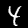
Digit: 4